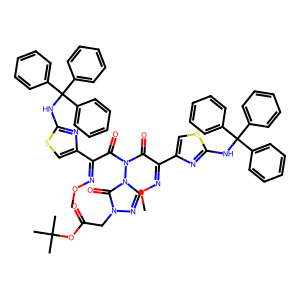
SMILES: CON=C(C(=O)N(C(=O)C(=NOC)c1csc(NC(c2ccccc2)(c2ccccc2)c2ccccc2)n1)n1cnn(CC(=O)OC(C)(C)C)c1=O)c1csc(NC(c2ccccc2)(c2ccccc2)c2ccccc2)n1
Inhibits HIV replication: No